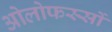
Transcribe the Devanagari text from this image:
ओलोफस्सों